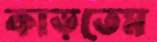
কাড়তেম